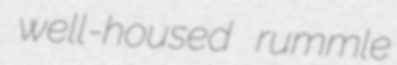
well-housed rummle